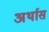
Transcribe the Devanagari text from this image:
अर्थास